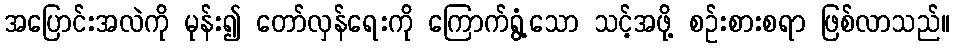
အပြောင်းအလဲကို မုန်း၍ တော်လှန်ရေးကို ကြောက်ရွံ့သော သင့်အဖို့ စဉ်းစားစရာ ဖြစ်လာသည်။